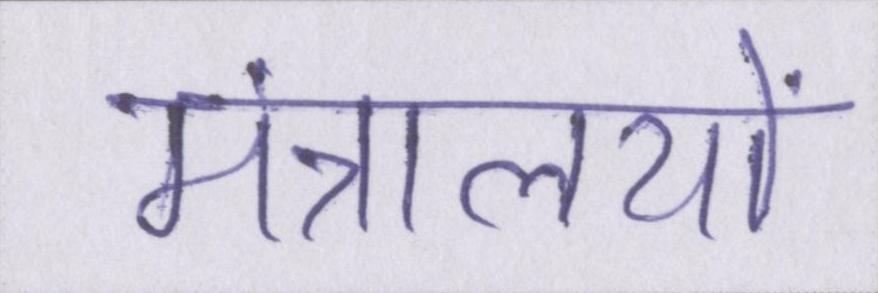
मंत्रालयों